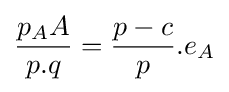
{\frac {p_{A}A}{p.q}}={\frac {p-c}{p}}.e_{A}